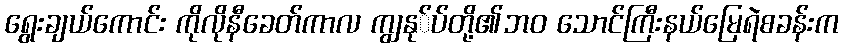
ရွေးချယ်ကောင်း ကိုလိုနီခေတ်ကာလ ကျွနု်ပ်တို့၏ဘ၀ သောင်ကြီးနယ်မြေရဲစခန်းက